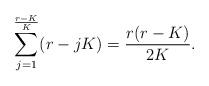
LaTeX: \begin{align*}\sum_{j=1}^{\frac{r-K}{K}}(r-jK)=\frac{r(r-K)}{2K}. \end{align*}